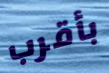
بأقرب